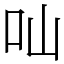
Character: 𠮿